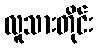
လူသားတိုင်း